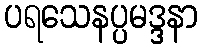
ပရသေနပ္ပမဒ္ဒနာ